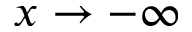
x \to - \infty